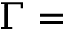
\Gamma =